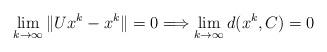
LaTeX: \begin{align*}\lim_{k\rightarrow \infty }\Vert Ux^{k}-x^{k}\Vert =0\Longrightarrow\lim_{k\rightarrow \infty }d(x^{k},C)=0\end{align*}